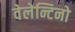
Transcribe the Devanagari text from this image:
वेलेन्टिनो